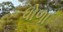
ધોળા